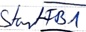
Text: Start FB1